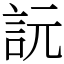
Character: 䛃